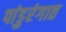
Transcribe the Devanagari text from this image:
पांडुरंगात